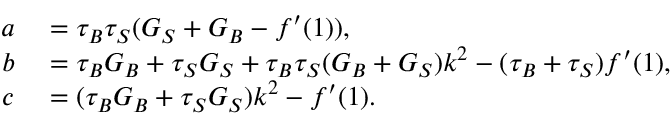
\begin{array} { r l } { a } & { { } = \tau _ { B } \tau _ { S } ( G _ { S } + G _ { B } - f ^ { \prime } ( 1 ) ) , } \\ { b } & { { } = \tau _ { B } G _ { B } + \tau _ { S } G _ { S } + \tau _ { B } \tau _ { S } ( G _ { B } + G _ { S } ) \boldsymbol { k } ^ { 2 } - ( \tau _ { B } + \tau _ { S } ) f ^ { \prime } ( 1 ) , } \\ { c } & { { } = ( \tau _ { B } G _ { B } + \tau _ { S } G _ { S } ) \boldsymbol { k } ^ { 2 } - f ^ { \prime } ( 1 ) . } \end{array}